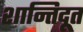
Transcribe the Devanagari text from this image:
शान्तिदूत